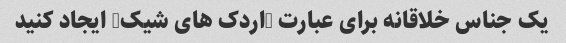
یک جناس خلاقانه برای عبارت "اردک های شیک" ایجاد کنید